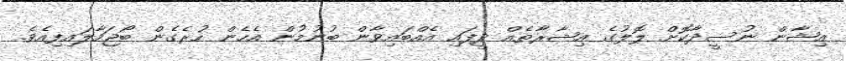
އިޝާން ނުސީދާކޮށް ލޮލުގެ އިޝާރާތެއް ދީފައި އެއްބައިވާން ބުނުމުން އެހެން ހުރެގެން ބޯޖަހާލައިފިއެވެ.